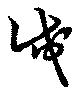
戍